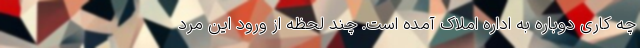
چه کاری دوباره به اداره املاک آمده است. چند لحظه از ورود این مرد